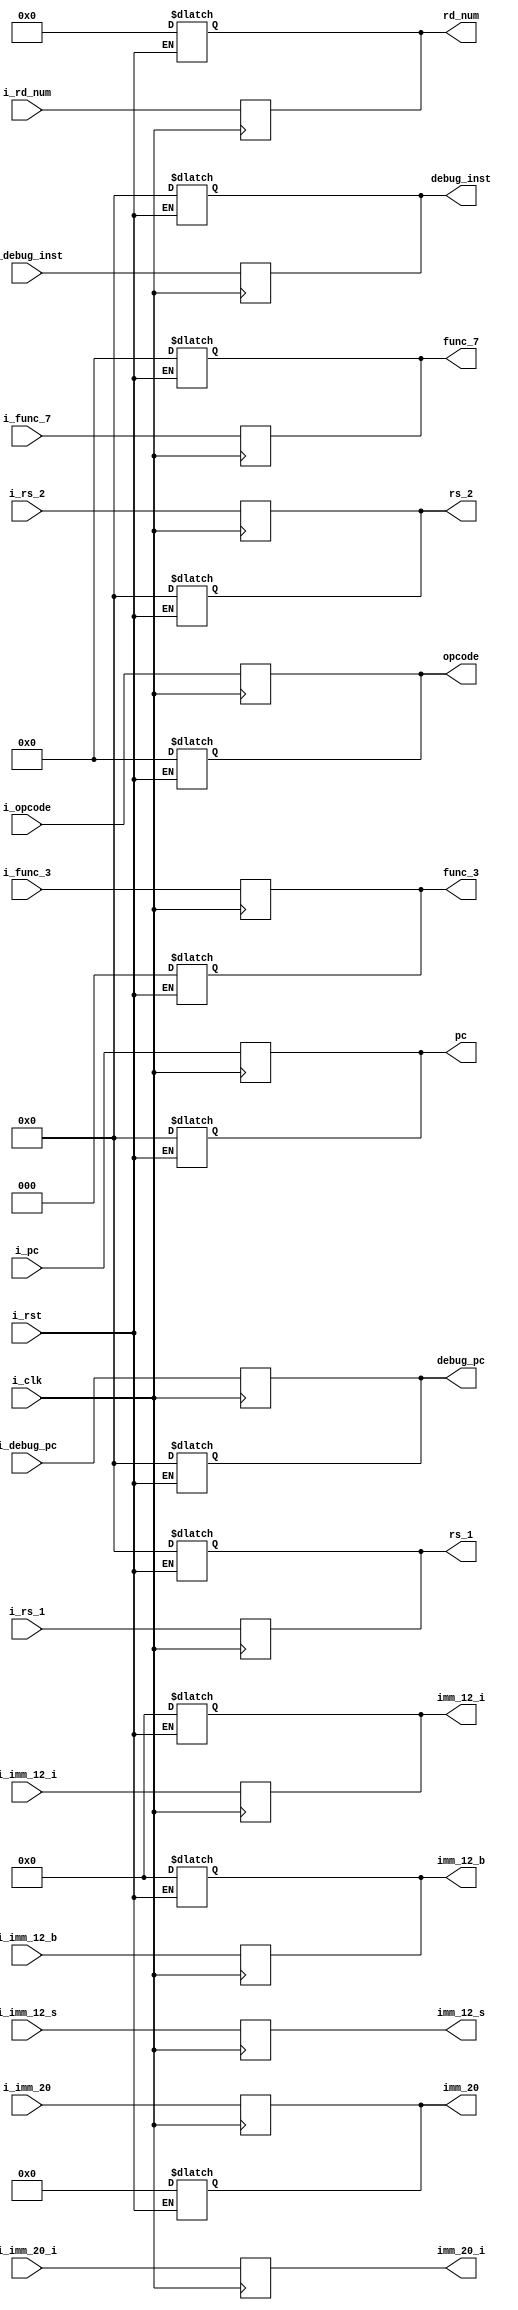
module id_ex(input[31:0] i_debug_pc,
			 input[31:0] i_debug_inst,
             input i_rst,
             input i_clk,
			 input [31:0] i_pc,
			 input [31:0] i_rs_1,
			 input [31:0] i_rs_2,
			 input [4:0] i_rd_num,
			 input[11:0] i_imm_12_i,
             input[19:0] i_imm_20,
             input[11:0] i_imm_12_b,
             input[19:0] i_imm_20_i,
			 input[11:0] i_imm_12_s,
			 input [6:0] i_opcode,
			 input [2:0] i_func_3,
			 input [6:0] i_func_7,
			 output reg[31:0] debug_pc,
			 output reg[31:0] debug_inst,
			 output reg[31:0] pc,
			 output reg[31:0] rs_1,
			 output reg[31:0] rs_2,
			 output reg[4:0] rd_num,
			 output reg[11:0] imm_12_i,
             output reg[19:0] imm_20,
             output reg[11:0] imm_12_b,
             output reg[19:0] imm_20_i,
			 output reg[11:0] imm_12_s,
			 output reg[6:0] opcode,
			 output reg[2:0] func_3,
			 output reg[6:0] func_7);
			 
	always @(posedge(i_clk)) begin
		pc <= i_pc;
		rs_1 <= i_rs_1;
		rs_2 <= i_rs_2;
		rd_num <= i_rd_num;
		imm_12_i <= i_imm_12_i;
        imm_20 <= i_imm_20;
        imm_12_b <= i_imm_12_b;
        imm_20_i <= i_imm_20_i;
		imm_12_s <= i_imm_12_s;
		opcode <= i_opcode;
		func_3 <= i_func_3;
		func_7 <= i_func_7;
		debug_pc <= i_debug_pc;
	    debug_inst <= i_debug_inst;
    end

	always@(i_rst) begin
		if (i_rst == 1) begin
			pc <= 0;
			rs_1 <= 0;
			rs_2 <= 0;
			rd_num <= 0;
			imm_12_i <= 0;
            imm_20 <= 0;
            imm_12_b <= 0;
			opcode <= 0;
			func_3 <= 0;
			func_7 <= 0;
			debug_pc <= 0;
	        debug_inst <= 0;
		end
	end
endmodule